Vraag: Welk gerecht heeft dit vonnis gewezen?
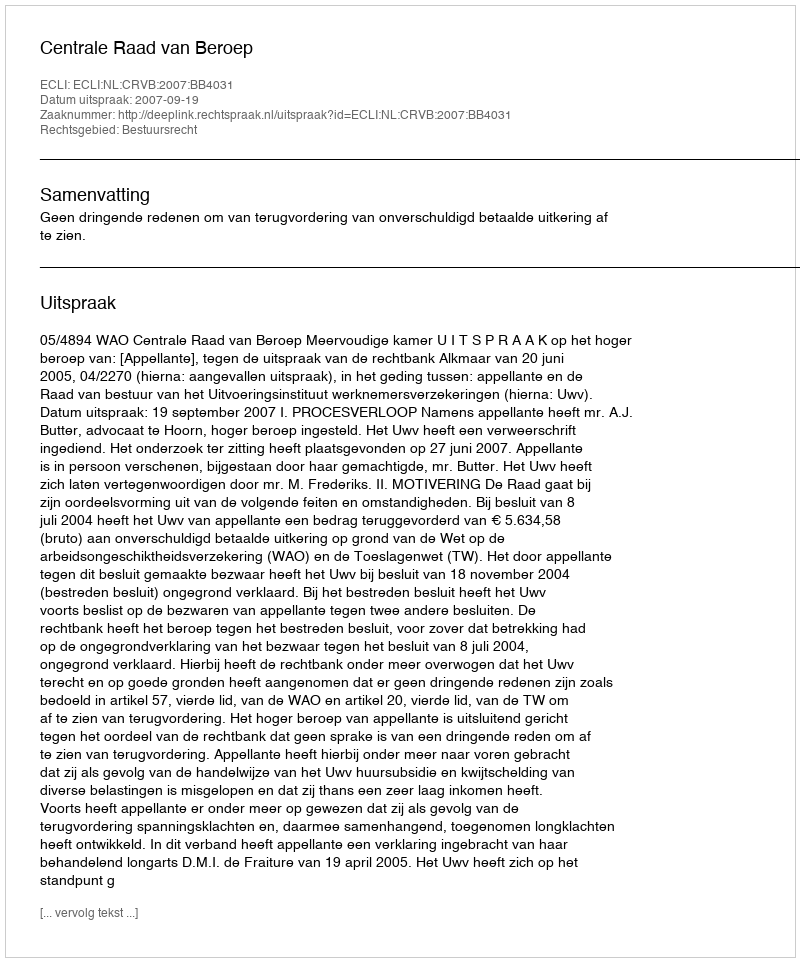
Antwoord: Centrale Raad van Beroep